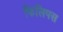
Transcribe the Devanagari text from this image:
फिलिपस